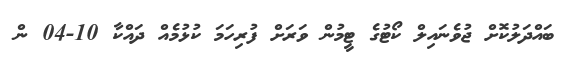
ބައްދަލުކޮށް ޖުވެނައިލް ކޯޓުގެ ޓީމުން ވަރަށް ފުރިހަމަ ކުޅުމެއް ދައްކާ 10-04 ން